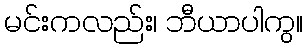
မင်းကလည်း၊ ဘီယာပါကွ။